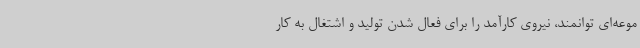
موعه‌ای توانمند، نیروی کارآمد را برای فعال شدن تولید و اشتغال به کار